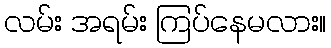
လမ်း အရမ်း ကြပ်နေမလား။